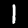
Label: 1